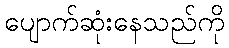
ပျောက်ဆုံးနေသည်ကို